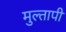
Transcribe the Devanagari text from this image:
मुल्तापी